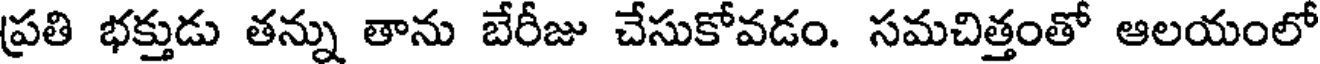
ప్రతి భక్తుడు తన్ను తాను బేరీజు చేసుకోవడం. సమచిత్తంతో ఆలయంలో